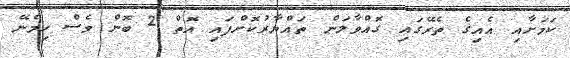
ކަމަށާއި އެއިގެ ތެރޭގައި ގޮއްވާލަން ތައްޔާރުކޮށްފައި އޮތް 2 ބޮން ވެސް ހިމެނޭ